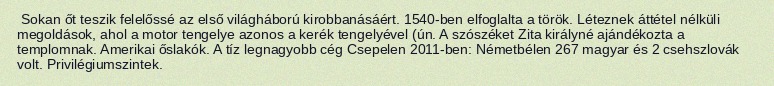
Sokan őt teszik felelőssé az első világháború kirobbanásáért. 1540-ben elfoglalta a török. Léteznek áttétel nélküli megoldások, ahol a motor tengelye azonos a kerék tengelyével (ún. A szószéket Zita királyné ajándékozta a templomnak. Amerikai őslakók. A tíz legnagyobb cég Csepelen 2011-ben: Németbélen 267 magyar és 2 csehszlovák volt. Privilégiumszintek.